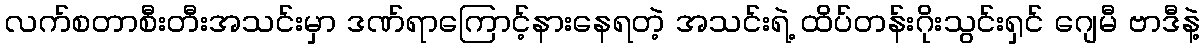
လက်စတာစီးတီးအသင်းမှာ ဒဏ်ရာကြောင့်နားနေရတဲ့ အသင်းရဲ့ ထိပ်တန်းဂိုးသွင်းရှင် ဂျေမီ ဗာဒီနဲ့